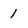
Character: 1